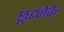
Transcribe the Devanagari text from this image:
छूटनेके